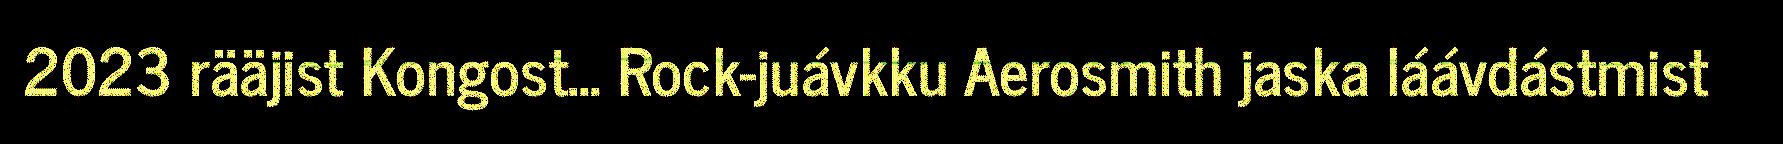
2023 rääjist Kongost... Rock-juávkku Aerosmith jaska láávdástmist